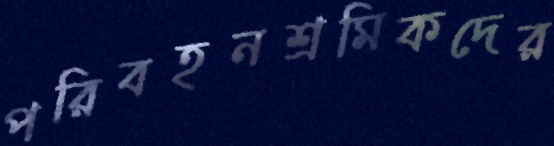
পরিবহনশ্রমিকদের